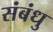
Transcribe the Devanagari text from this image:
संबंधु